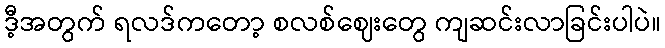
ဒီ့အတွက် ရလဒ်ကတော့ စလစ်ဈေးတွေ ကျဆင်းလာခြင်းပါပဲ။